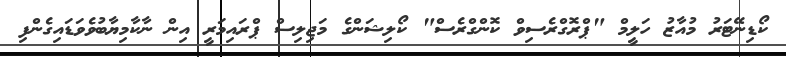
ކޯޑިނޭޓަރު މުއާޒު ހަލީމް "ޕްރޮގްރެސިވް ކޮންގްރެސް" ކޯލިޝަންގެ މަޖިލިސް ޕްރައިމަރީ އިން ނާކާމިޔާބުވެވަޑައިގެންފި